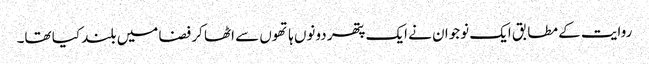
روایت کے مطابق ایک نوجوان نے ایک پتھر دونوں ہاتھوں سے اٹھا کر فضا میں بلند کیا تھا۔